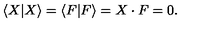
\langle X | X \rangle = \langle F | F \rangle = X \cdot F = 0 .